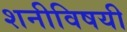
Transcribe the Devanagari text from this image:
शनीविषयी